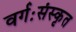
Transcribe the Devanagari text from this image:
वर्गःसंस्कृत